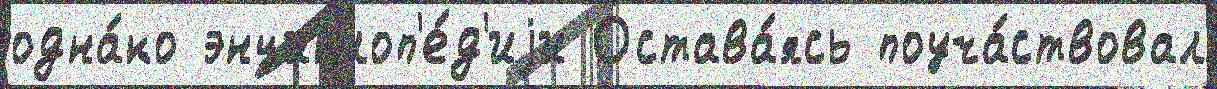
одна́ко энциклоп'е́д'иjи Остава́ясь поуча́ствовал